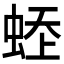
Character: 𧋹